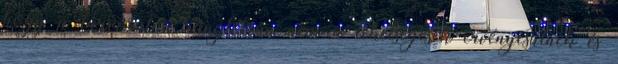
hogy a társadalmi ranglétrán nem a tehet­ségesek érvényesülnek és